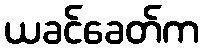
ယခင်ခေတ်က